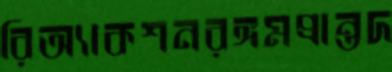
রিঅ্যাকশনরঙ্গমপ্রান্তদ